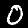
Label: 0